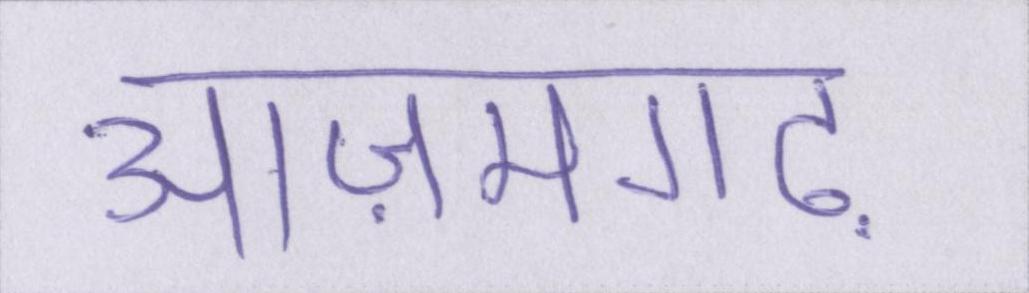
आज़मगढ़